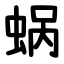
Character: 蜗